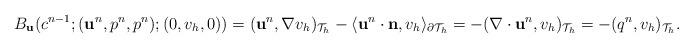
LaTeX: \begin{align*}\begin{aligned}B_\mathbf{u}(c^{n-1};(\mathbf{u}^{n},p^{n},p^{n});(0,v_h,0))=(\mathbf{u}^{n},\nabla v_h)_{\mathcal{T}_h}-\langle\mathbf{u}^{n}\cdot\mathbf{n},v_h\rangle_{\partial\mathcal{T}_h}=-(\nabla\cdot\mathbf{u}^{n},v_h)_{\mathcal{T}_h}=-(q^{n},v_h)_{\mathcal{T}_h}.\end{aligned}\end{align*}